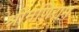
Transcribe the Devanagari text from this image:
श्रीमणिराम